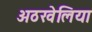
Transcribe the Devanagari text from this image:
अठखेलिया